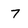
Character: 7